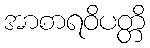
အာစာရဝိပတ္တိ